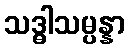
သဒ္ဓါသမ္ပန္နာ